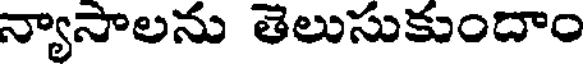
న్యాసాలను తెలుసుకుందాం